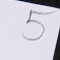
5